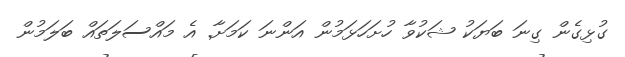
ގުޅިގެން ގިނަ ބަޔަކު ޝަކުވާ ހުށަހަޅަމުން އަންނަ ކަމަށާ